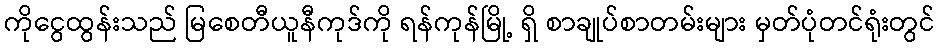
ကိုငွေထွန်းသည် မြစေတီယူနီကုဒ်ကို ရန်ကုန်မြို့ ရှိ စာချုပ်စာတမ်းများ မှတ်ပုံတင်ရုံးတွင်